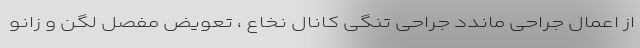
از اعمال جراحی ماندد جراحی تنگی کانال نخاع ، تعویض مفصل لگن و زانو